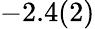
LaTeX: -2.4(2)